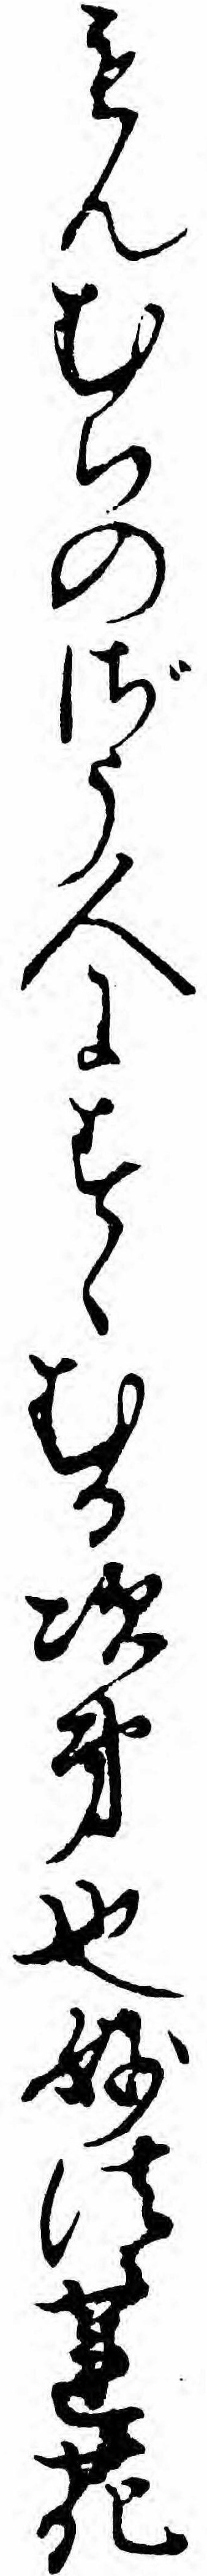
もんむちのざう人にすゝむる次第也妙法蓮花